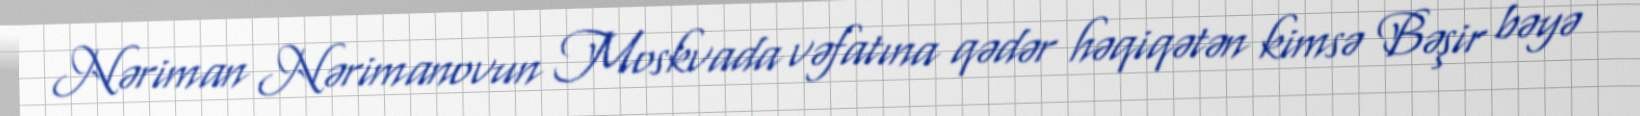
Nəriman Nərimanovun Moskvada vəfatına qədər həqiqətən kimsə Bəşir bəyə